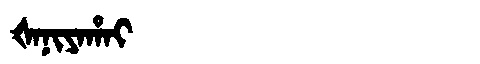
Manchu: ᡧᠠᠨᡳᠶᠠᡥᠠᡳ
Romanization: ŠANIYAHAI